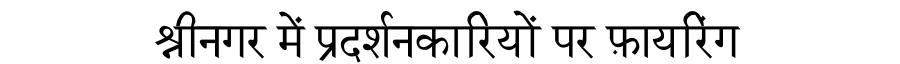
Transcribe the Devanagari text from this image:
श्रीनगर में प्रदर्शनकारियों पर फ़ायरिंग